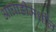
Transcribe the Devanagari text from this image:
आघाडीमधील